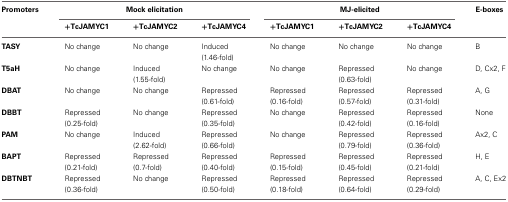
<table><thead><tr><td><b>Promoters</b></td><td colspan="3"><b>Mock elicitation</b></td><td colspan="3"><b>MJ-elicited</b></td><td><b>E-boxes</b></td></tr><tr><td></td><td><b>+TcJAMYC1</b></td><td><b>+TcJAMYC2</b></td><td><b>+TcJAMYC4</b></td><td><b>+TcJAMYC1</b></td><td><b>+TcJAMYC2</b></td><td><b>+TcJAMYC4</b></td><td></td></tr></thead><tbody><tr><td><b>TASY</b></td><td>No change</td><td>No change</td><td>Induced (1.46-fold)</td><td>No change</td><td>No change</td><td>No change</td><td>B</td></tr><tr><td><b>T5aH</b></td><td>No change</td><td>Induced (1.55-fold)</td><td>No change</td><td>No change</td><td>Repressed (0.63-fold)</td><td>No change</td><td>D, Cx2, F</td></tr><tr><td><b>DBAT</b></td><td>No change</td><td>No change</td><td>Repressed (0.61-fold)</td><td>Repressed (0.16-fold)</td><td>Repressed (0.57-fold)</td><td>Repressed (0.31-fold)</td><td>A, G</td></tr><tr><td><b>DBBT</b></td><td>Repressed (0.25-fold)</td><td>No change</td><td>Repressed (0.35-fold)</td><td>No change</td><td>Repressed (0.42-fold)</td><td>Repressed (0.16-fold)</td><td>None</td></tr><tr><td><b>PAM</b></td><td>No change</td><td>Induced (2.62-fold)</td><td>Repressed (0.66-fold)</td><td>No change</td><td>Repressed (0.79-fold)</td><td>Repressed (0.36-fold)</td><td>Ax2, C</td></tr><tr><td><b>BAPT</b></td><td>Repressed (0.21-fold)</td><td>Repressed (0.7-fold)</td><td>Repressed (0.40-fold)</td><td>Repressed (0.15-fold)</td><td>Repressed (0.45-fold)</td><td>Repressed (0.21-fold)</td><td>H, E</td></tr><tr><td><b>DBTNBT</b></td><td>Repressed (0.36-fold)</td><td>No change</td><td>Repressed (0.50-fold)</td><td>Repressed (0.18-fold)</td><td>Repressed (0.64-fold)</td><td>Repressed (0.29-fold)</td><td>A, C, Ex2</td></tr></tbody></table>